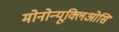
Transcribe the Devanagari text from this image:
मोनोन्यूक्लिओसि